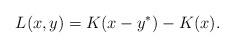
LaTeX: \begin{align*}L(x, y)= K(x - y^*) - K(x).\end{align*}